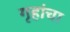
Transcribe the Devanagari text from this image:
गृहांचा